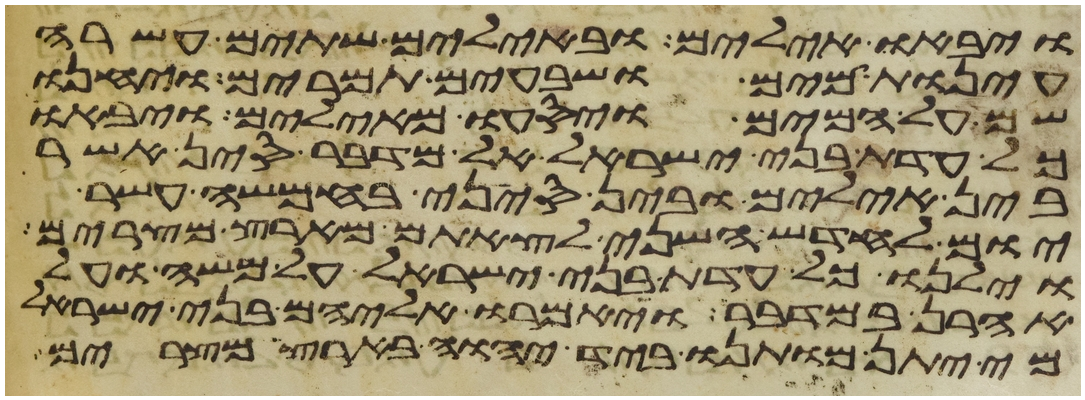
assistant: ויבאו אילים ובאילים שתים עשרה
עינות מים ושבעים תמרים ויחנו
שם על המים ויסעו מאילים ויבאו
כל עדת בני ישראל אל מדבר סין אשר
בין אילים ובין סיני בחמשה עשר
יום לחדש השני לצאתם מארץ מצרים
וילנו כל עדת בני ישראל על משה ועל
אהרן במדבר ויאמרו אליהם בני ישראל
מי יתן מותנו ביד יהוה בארץ מצרים